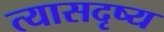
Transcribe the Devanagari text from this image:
त्यासदृष्य